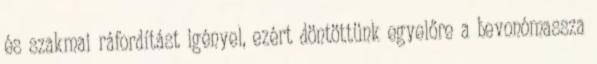
és szakmai ráfordítást igényel, ezért döntöttünk egyelőre a bevonómassza